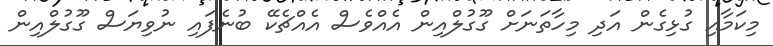
މިކަމާއި ގުޅިގެން އަދި މިހާތަނަށް ގޫގުލްއިން އެއްވެސް އެއްޗެކޭ ބުނެފައި ނުވިޔަސް ގޫގުލްއިން